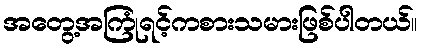
အတွေ့အကြုံရင့်ကစားသမားဖြစ်ပါတယ်။